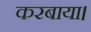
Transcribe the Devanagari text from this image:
करबाया।